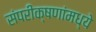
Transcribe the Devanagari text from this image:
संपरीक्षणांमध्ये